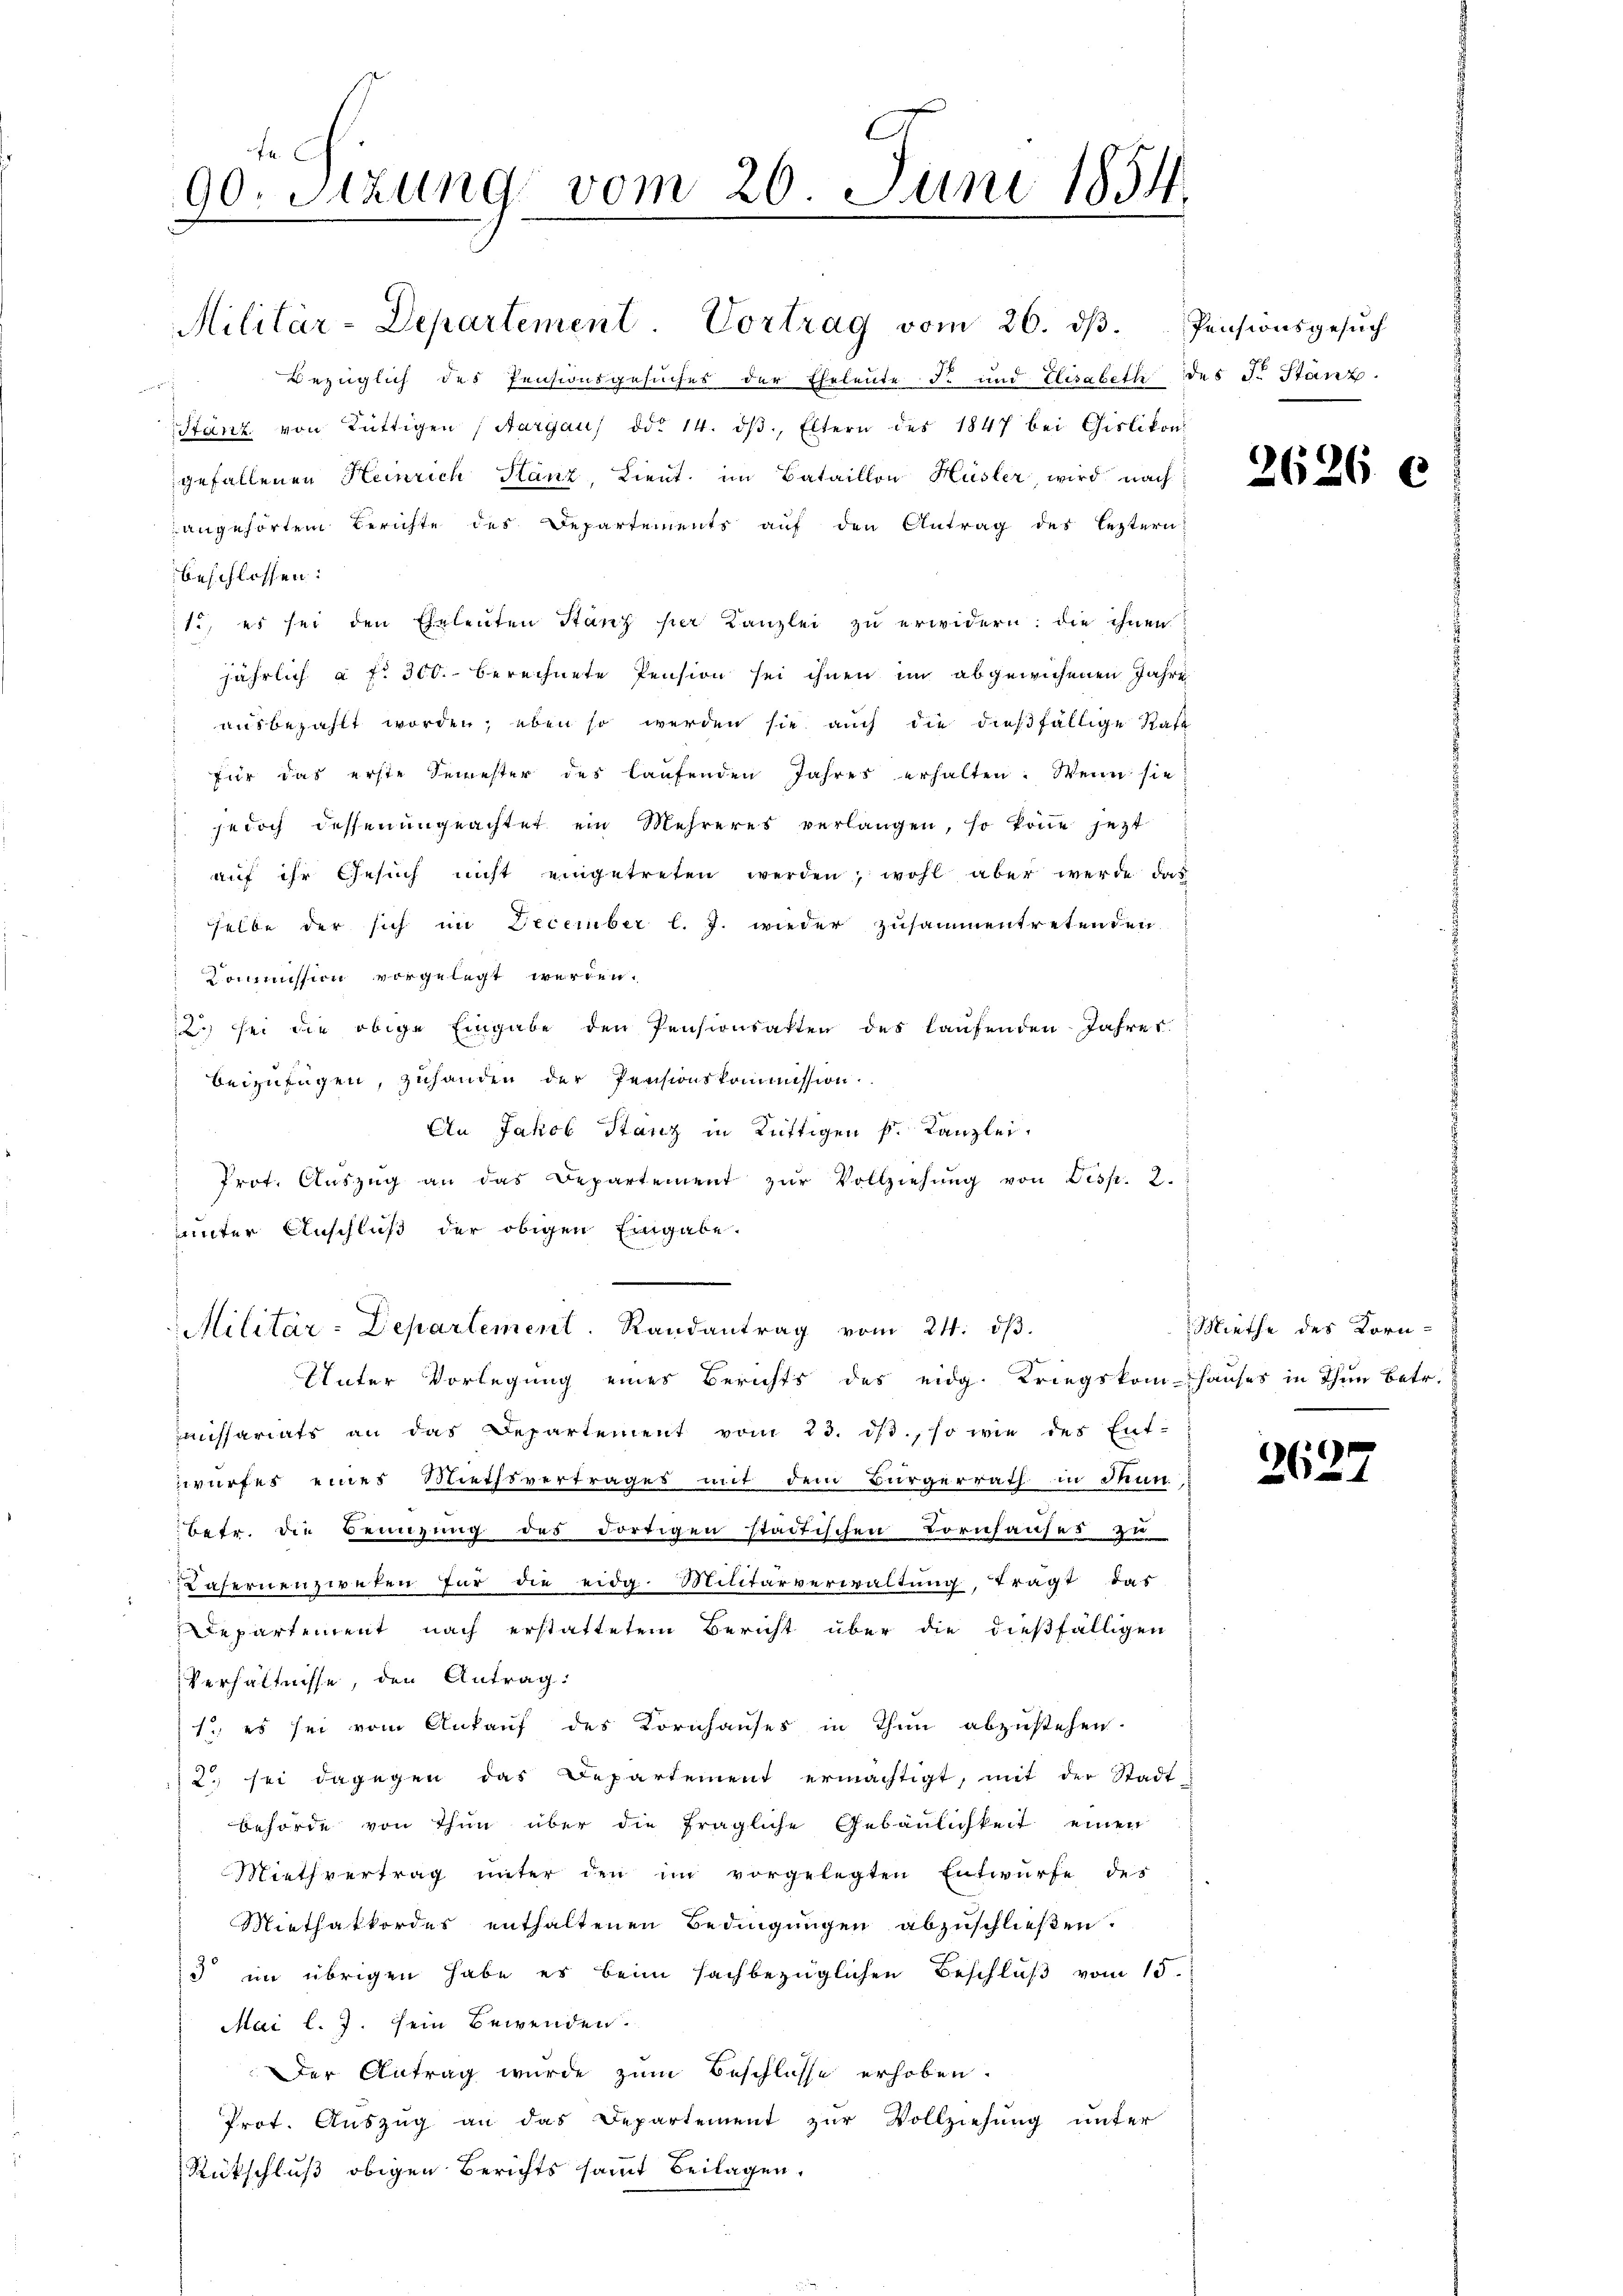
Bezüglich des Pensionsgesuches der Eheleute di und Elisabeth des J. Stanz
d
Stanz von Rüttigen (Aargau ddo 14. dβ, Eltern des 1847 bei Cislikon
gefallenen Heinrich Glanz, Lieut. im Bataillon Hüsler, wird nach
angehörtem Berichte des Departements auf den Antrag des leztern:
beschlossen:
ti, es sei den Eheleuten Stanz per Kanzlei zu erwidern: die ihnen
jährlich à fr. 300. berechnete Pension sei ihnen im abgewichenen Jahre
ausbezahlt worden; eben so werden sie auch die dießfällige Rate
für das erste Semester des laufenden Jahres erhalten. Wenn sie
jedoch dessen ungeachtet ein Mehreres verlangen, so könne jetzt
aŭf ihr Gesŭch nicht eingetreten werden; wohl aber werde das
selbe der sich im December l. J. wieder zusammentretenden
Kommission vorgelegt werden.
 sei die obige Eingabe den Pensionsakten des laufenden Jahres.
beizufügen, zuhanden der Pensionskommission
An Jakob Stanz in Rüttigen k. Kanzlei,
Prot. Aŭszŭg an das Departement zŭr Vollziehŭng von Disp. 2.
unter Anschluß der obigen Eingabe.
Militär-Departement. Randantrag vom 24. dβ.
Unter Vorlegung eines Berichts des eidg. Kriegskom-Hauses in Thun betr.
aissariats an das Departement vom 23. ds., so wie des Ent-
wurfes eines Miethsvertrages mit dem Bürgerrath in Mun
betr. die Benuzung des dortigen städtischen Bornhauses zu
Rafernenzweten für die eidg. Militärverwaltung, tragt das
Departement nach erstattetem Bericht über die dießfälligen
Verhältnisse, den Antrag:
1. es sei vom Ankauf des Kornhauses in Thun abzustehen.
2) sei dagegen das Departement ermächtigt, mit der Stadt-
behörde von Thun über die fragliche Gebäulichkeit einen
Miethvertrag unter den im vorgelegten Entwürfe des
Miethatkordes enthaltenen Bedingungen abzuschließen.
3 im übrigen habe es beim sachbezüglichen Beschluß vom 15.
Mai l. J. sein Bewenden.
Der Antrag wurde zum Beschlusse erhoben.
Prot. Auszug an das Departement zur Vollziehung unter
Rückschluß obigen Berichts sammt Beilagen.

4.
90. Sitzung vom 26. Juni 1854.
.

Militär-Departement. Vortrag vom 26. dβ. Pensionsgesŭch

2626

Miethe des Korn-

2625